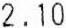
2.10